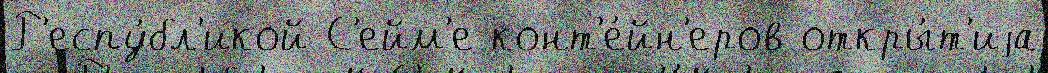
Р'еспу́бл'икой С'ейм'е конт'е́йн'еров откры́т'иjа